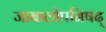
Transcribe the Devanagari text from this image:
जाबालोपनिषद्